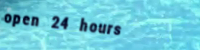
open 24 hours